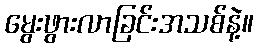
မွေးဖွားလာခြင်းအသစ်နဲ့။